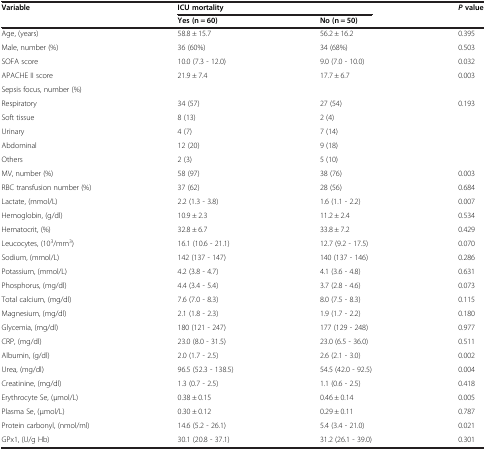
<table><thead><tr><td><b>Variable</b></td><td colspan="2"><b>ICU mortality</b></td><td><b><i>P </i>value</b></td></tr><tr><td><b> </b></td><td><b>Yes (n = 60)</b></td><td><b>No (n = 50)</b></td><td><b> </b></td></tr></thead><tbody><tr><td>Age, (years)</td><td>58.8 ± 15.7</td><td>56.2 ± 16.2</td><td>0.395</td></tr><tr><td>Male, number (%)</td><td>36 (60%)</td><td>34 (68%)</td><td>0.503</td></tr><tr><td>SOFA score</td><td>10.0 (7.3 - 12.0)</td><td>9.0 (7.0 - 10.0)</td><td>0.032</td></tr><tr><td>APACHE II score</td><td>21.9 ± 7.4</td><td>17.7 ± 6.7</td><td>0.003</td></tr><tr><td>Sepsis focus, number (%)</td><td> </td><td> </td><td> </td></tr><tr><td>Respiratory</td><td>34 (57)</td><td>27 (54)</td><td>0.193</td></tr><tr><td>Soft tissue</td><td>8 (13)</td><td>2 (4)</td><td rowspan="4"> </td></tr><tr><td>Urinary</td><td>4 (7)</td><td>7 (14)</td></tr><tr><td>Abdominal</td><td>12 (20)</td><td>9 (18)</td></tr><tr><td>Others</td><td>2 (3)</td><td>5 (10)</td></tr><tr><td>MV, number (%)</td><td>58 (97)</td><td>38 (76)</td><td>0.003</td></tr><tr><td>RBC transfusion number (%)</td><td>37 (62)</td><td>28 (56)</td><td>0.684</td></tr><tr><td>Lactate, (mmol/L)</td><td>2.2 (1.3 - 3.8)</td><td>1.6 (1.1 - 2.2)</td><td>0.007</td></tr><tr><td>Hemoglobin, (g/dl)</td><td>10.9 ± 2.3</td><td>11.2 ± 2.4</td><td>0.534</td></tr><tr><td>Hematocrit, (%)</td><td>32.8 ± 6.7</td><td>33.8 ± 7.2</td><td>0.429</td></tr><tr><td>Leucocytes, (10<sup>3</sup>/mm<sup>3</sup>)</td><td>16.1 (10.6 - 21.1)</td><td>12.7 (9.2 - 17.5)</td><td>0.070</td></tr><tr><td>Sodium, (mmol/L)</td><td>142 (137 - 147)</td><td>140 (137 - 146)</td><td>0.286</td></tr><tr><td>Potassium, (mmol/L)</td><td>4.2 (3.8 - 4.7)</td><td>4.1 (3.6 - 4.8)</td><td>0.631</td></tr><tr><td>Phosphorus, (mg/dl)</td><td>4.4 (3.4 - 5.4)</td><td>3.7 (2.8 - 4.6)</td><td>0.073</td></tr><tr><td>Total calcium, (mg/dl)</td><td>7.6 (7.0 - 8.3)</td><td>8.0 (7.5 - 8.3)</td><td>0.115</td></tr><tr><td>Magnesium, (mg/dl)</td><td>2.1 (1.8 - 2.3)</td><td>1.9 (1.7 - 2.2)</td><td>0.180</td></tr><tr><td>Glycemia, (mg/dl)</td><td>180 (121 - 247)</td><td>177 (129 - 248)</td><td>0.977</td></tr><tr><td>CRP, (mg/dl)</td><td>23.0 (8.0 - 31.5)</td><td>23.0 (6.5 - 36.0)</td><td>0.511</td></tr><tr><td>Albumin, (g/dl)</td><td>2.0 (1.7 - 2.5)</td><td>2.6 (2.1 - 3.0)</td><td>0.002</td></tr><tr><td>Urea, (mg/dl)</td><td>96.5 (52.3 - 138.5)</td><td>54.5 (42.0 - 92.5)</td><td>0.004</td></tr><tr><td>Creatinine, (mg/dl)</td><td>1.3 (0.7 - 2.5)</td><td>1.1 (0.6 - 2.5)</td><td>0.418</td></tr><tr><td>Erythrocyte Se, (μmol/L)</td><td>0.38 ± 0.15</td><td>0.46 ± 0.14</td><td>0.005</td></tr><tr><td>Plasma Se, (μmol/L)</td><td>0.30 ± 0.12</td><td>0.29 ± 0.11</td><td>0.787</td></tr><tr><td>Protein carbonyl, (nmol/ml)</td><td>14.6 (5.2 - 26.1)</td><td>5.4 (3.4 - 21.0)</td><td>0.021</td></tr><tr><td>GPx1, (U/g Hb)</td><td>30.1 (20.8 - 37.1)</td><td>31.2 (26.1 - 39.0)</td><td>0.301</td></tr></tbody></table>